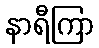
နာရီကြာ